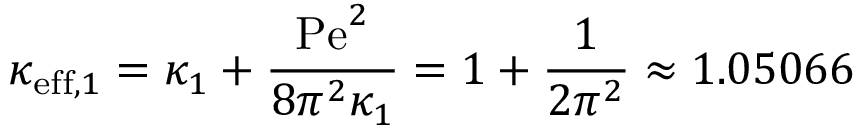
\kappa _ { \mathrm { e f f } , 1 } = \kappa _ { 1 } + \frac { \mathrm { P e } ^ { 2 } } { 8 \pi ^ { 2 } \kappa _ { 1 } } = 1 + \frac { 1 } { 2 \pi ^ { 2 } } \approx 1 . 0 5 0 6 6